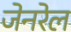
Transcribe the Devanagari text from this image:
जेनरेल